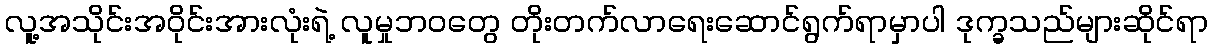
လူ့အသိုင်းအဝိုင်းအားလုံးရဲ့ လူမှုဘဝတွေ တိုးတက်လာရေးဆောင်ရွက်ရာမှာပါ ဒုက္ခသည်များဆိုင်ရာ